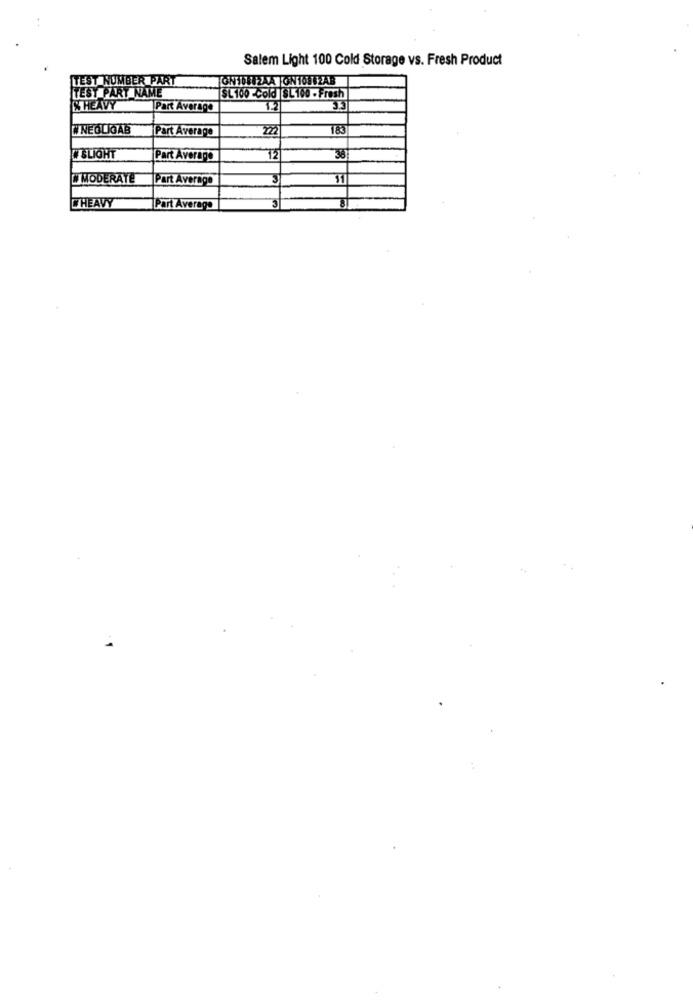
Salem Light 100 Cold Storage vs. Fresh Product
TEST NUMBER PART
TEST PART NAME
SL 100 -cold SL100 - Fresh
% HEAVY
Part Average
WNEOLIOAB
Part Average
SLIGHT
Part Average
12
MODERATE
Part Average
3
WHEAVY
Part Average